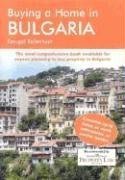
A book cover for Buying a Home in Bulgaria: A Survival Handbook; Dougal Robertson; Travel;